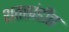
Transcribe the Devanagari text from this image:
शतखंडीत